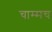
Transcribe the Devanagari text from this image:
चाम्मच